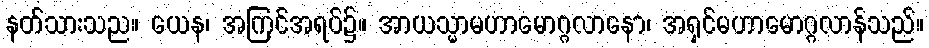
နတ်သားသည။ ယေန၊ အကြင်အရပ်၌။ အာယသ္မာမဟာမောဂ္ဂလာနော၊ အရှင်မဟာမောဂ္ဂလာန်သည်။